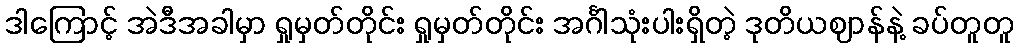
ဒါကြောင့် အဲဒီအခါမှာ ရှုမှတ်တိုင်း ရှုမှတ်တိုင်း အင်္ဂါသုံးပါးရှိတဲ့ ဒုတိယဈာန်နဲ့ ခပ်တူတူ